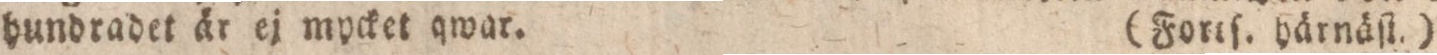
hundradet är ej mycket qwar.    (Fortſ. härnäſt.)